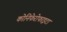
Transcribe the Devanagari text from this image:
कोनिफेरोफाइटा